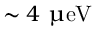
\sim 4 ~ \upmu \mathrm { e V }